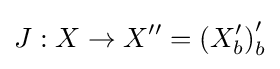
J:X\to X^{\prime \prime }=\left(X_{b}^{\prime }\right)_{b}^{\prime }